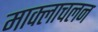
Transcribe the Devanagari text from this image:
माक्लाचलन